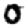
Digit: 0